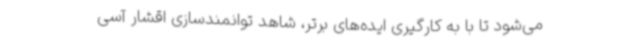
می‌شود تا با به کارگیری ایده‌های برتر، شاهد توانمندسازی اقشار آسی